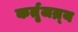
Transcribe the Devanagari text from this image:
कर्तृजन्र्य